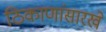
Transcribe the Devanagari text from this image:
ठिकाणांसारखे